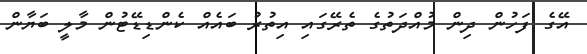
އޭގެ ފަހުން ދިން މުއްދަތުގެ ތެރޭގައި އިތުރު ބައެއް ކެންޑިޑޭޓުން މާލީ ބަޔާން